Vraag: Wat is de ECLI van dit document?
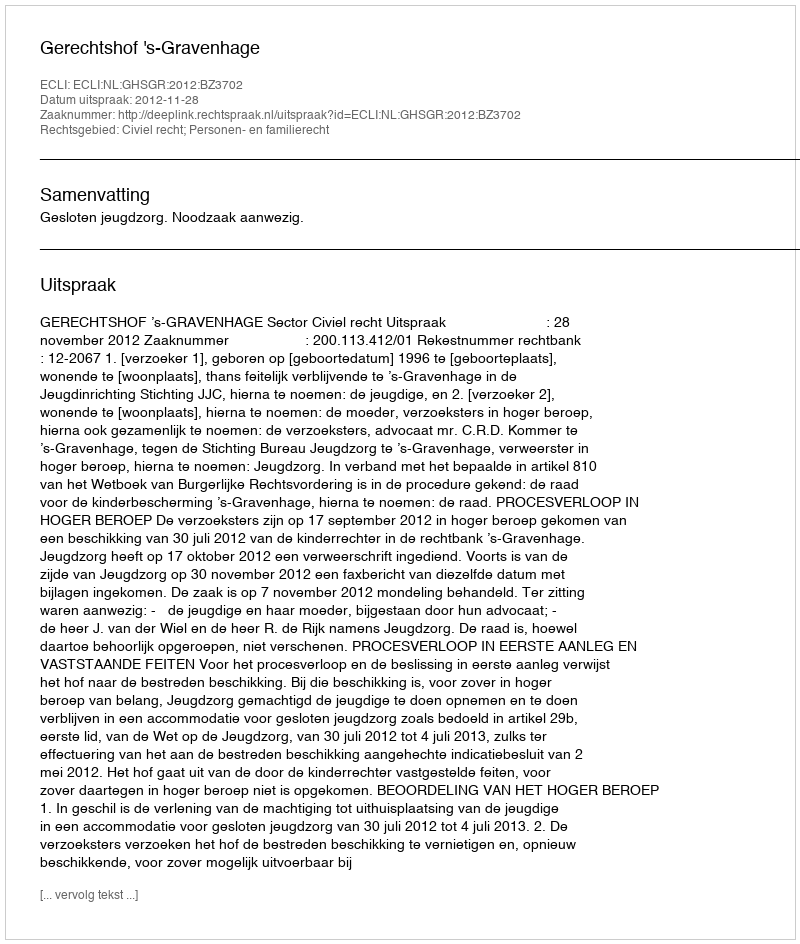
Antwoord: ECLI:NL:GHSGR:2012:BZ3702